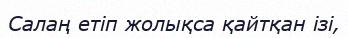
Салаң етіп жолықса қайтқан ізі,